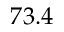
7 3 . 4